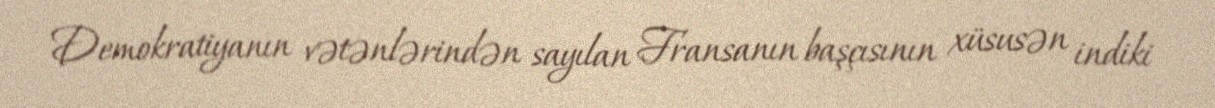
Demokratiyanın vətənlərindən sayılan Fransanın başçısının xüsusən indiki